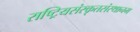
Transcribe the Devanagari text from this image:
राष्ट्रियसंस्कृतसंस्थानम